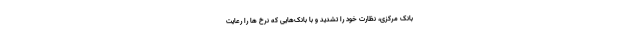
بانک مرکزی، نظارت خود را تشدید و با بانک‌هایی که نرخ ها را رعایت